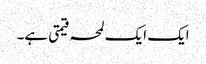
ایک ایک لمحہ قیمتی ہے۔